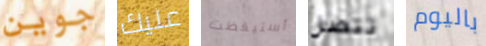
جوين عليك أستيقظت تتصل باليوم